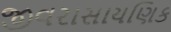
જીવરાસાયણિક